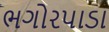
ભગોરપાડા